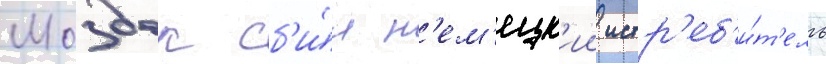
Моздок сб'и́л н'ем'ецк'ии истр'еб'и́т'ель